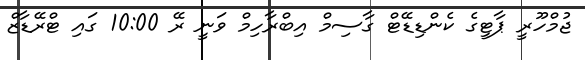
ޖުމްހޫރީ ޕާޓީގެ ކެންޑިޑޭޓް ގާސިމް އިބްރާހިމް ވަނީ ރޭ 10:00 ގައި ޓްރޭޑާޒް